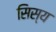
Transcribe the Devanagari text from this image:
सिस्य